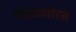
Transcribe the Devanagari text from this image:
पाइठागोरस